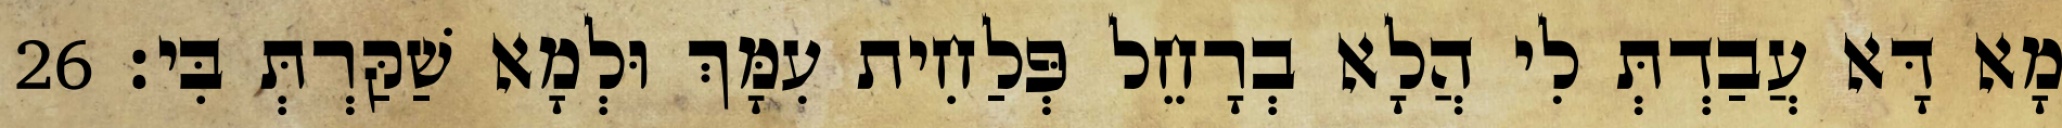
מָא דָּא עֲבַדְתְּ לִי הֲלָא בְרָחֵל פְּלַחִית עִמָּךְ וּלְמָא שַׁקַּרְתְּ בִּי׃ 26